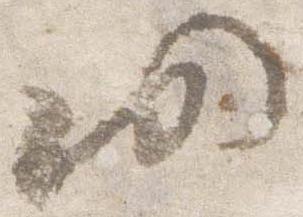
仍